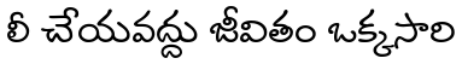
లీ చేయవద్దు జీవితం ఒక్కసారి